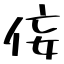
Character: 侫